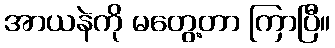
အာယနဲကို မတွေ့တာ ကြာပြီ။